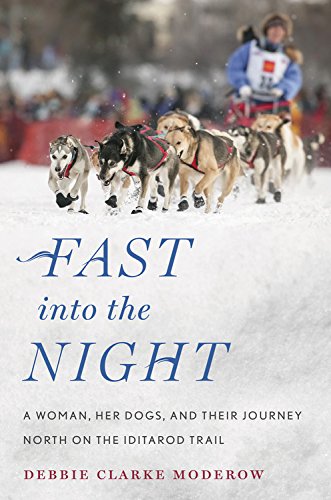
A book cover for Fast into the Night: A Woman, Her Dogs, and Their Journey North on the Iditarod Trail; Debbie Clarke Moderow; Sports & Outdoors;